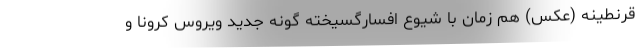
قرنطینه (عکس) هم زمان با شیوع افسارگسیخته گونه جدید ویروس کرونا و